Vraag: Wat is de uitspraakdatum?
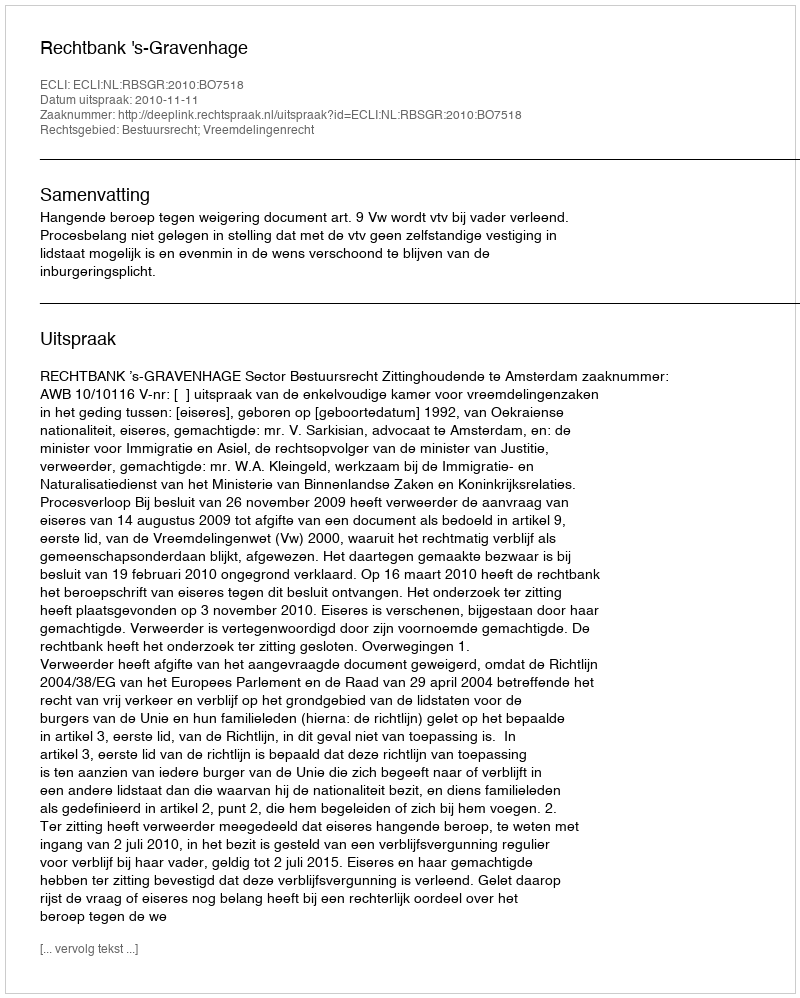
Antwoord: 2010-11-11